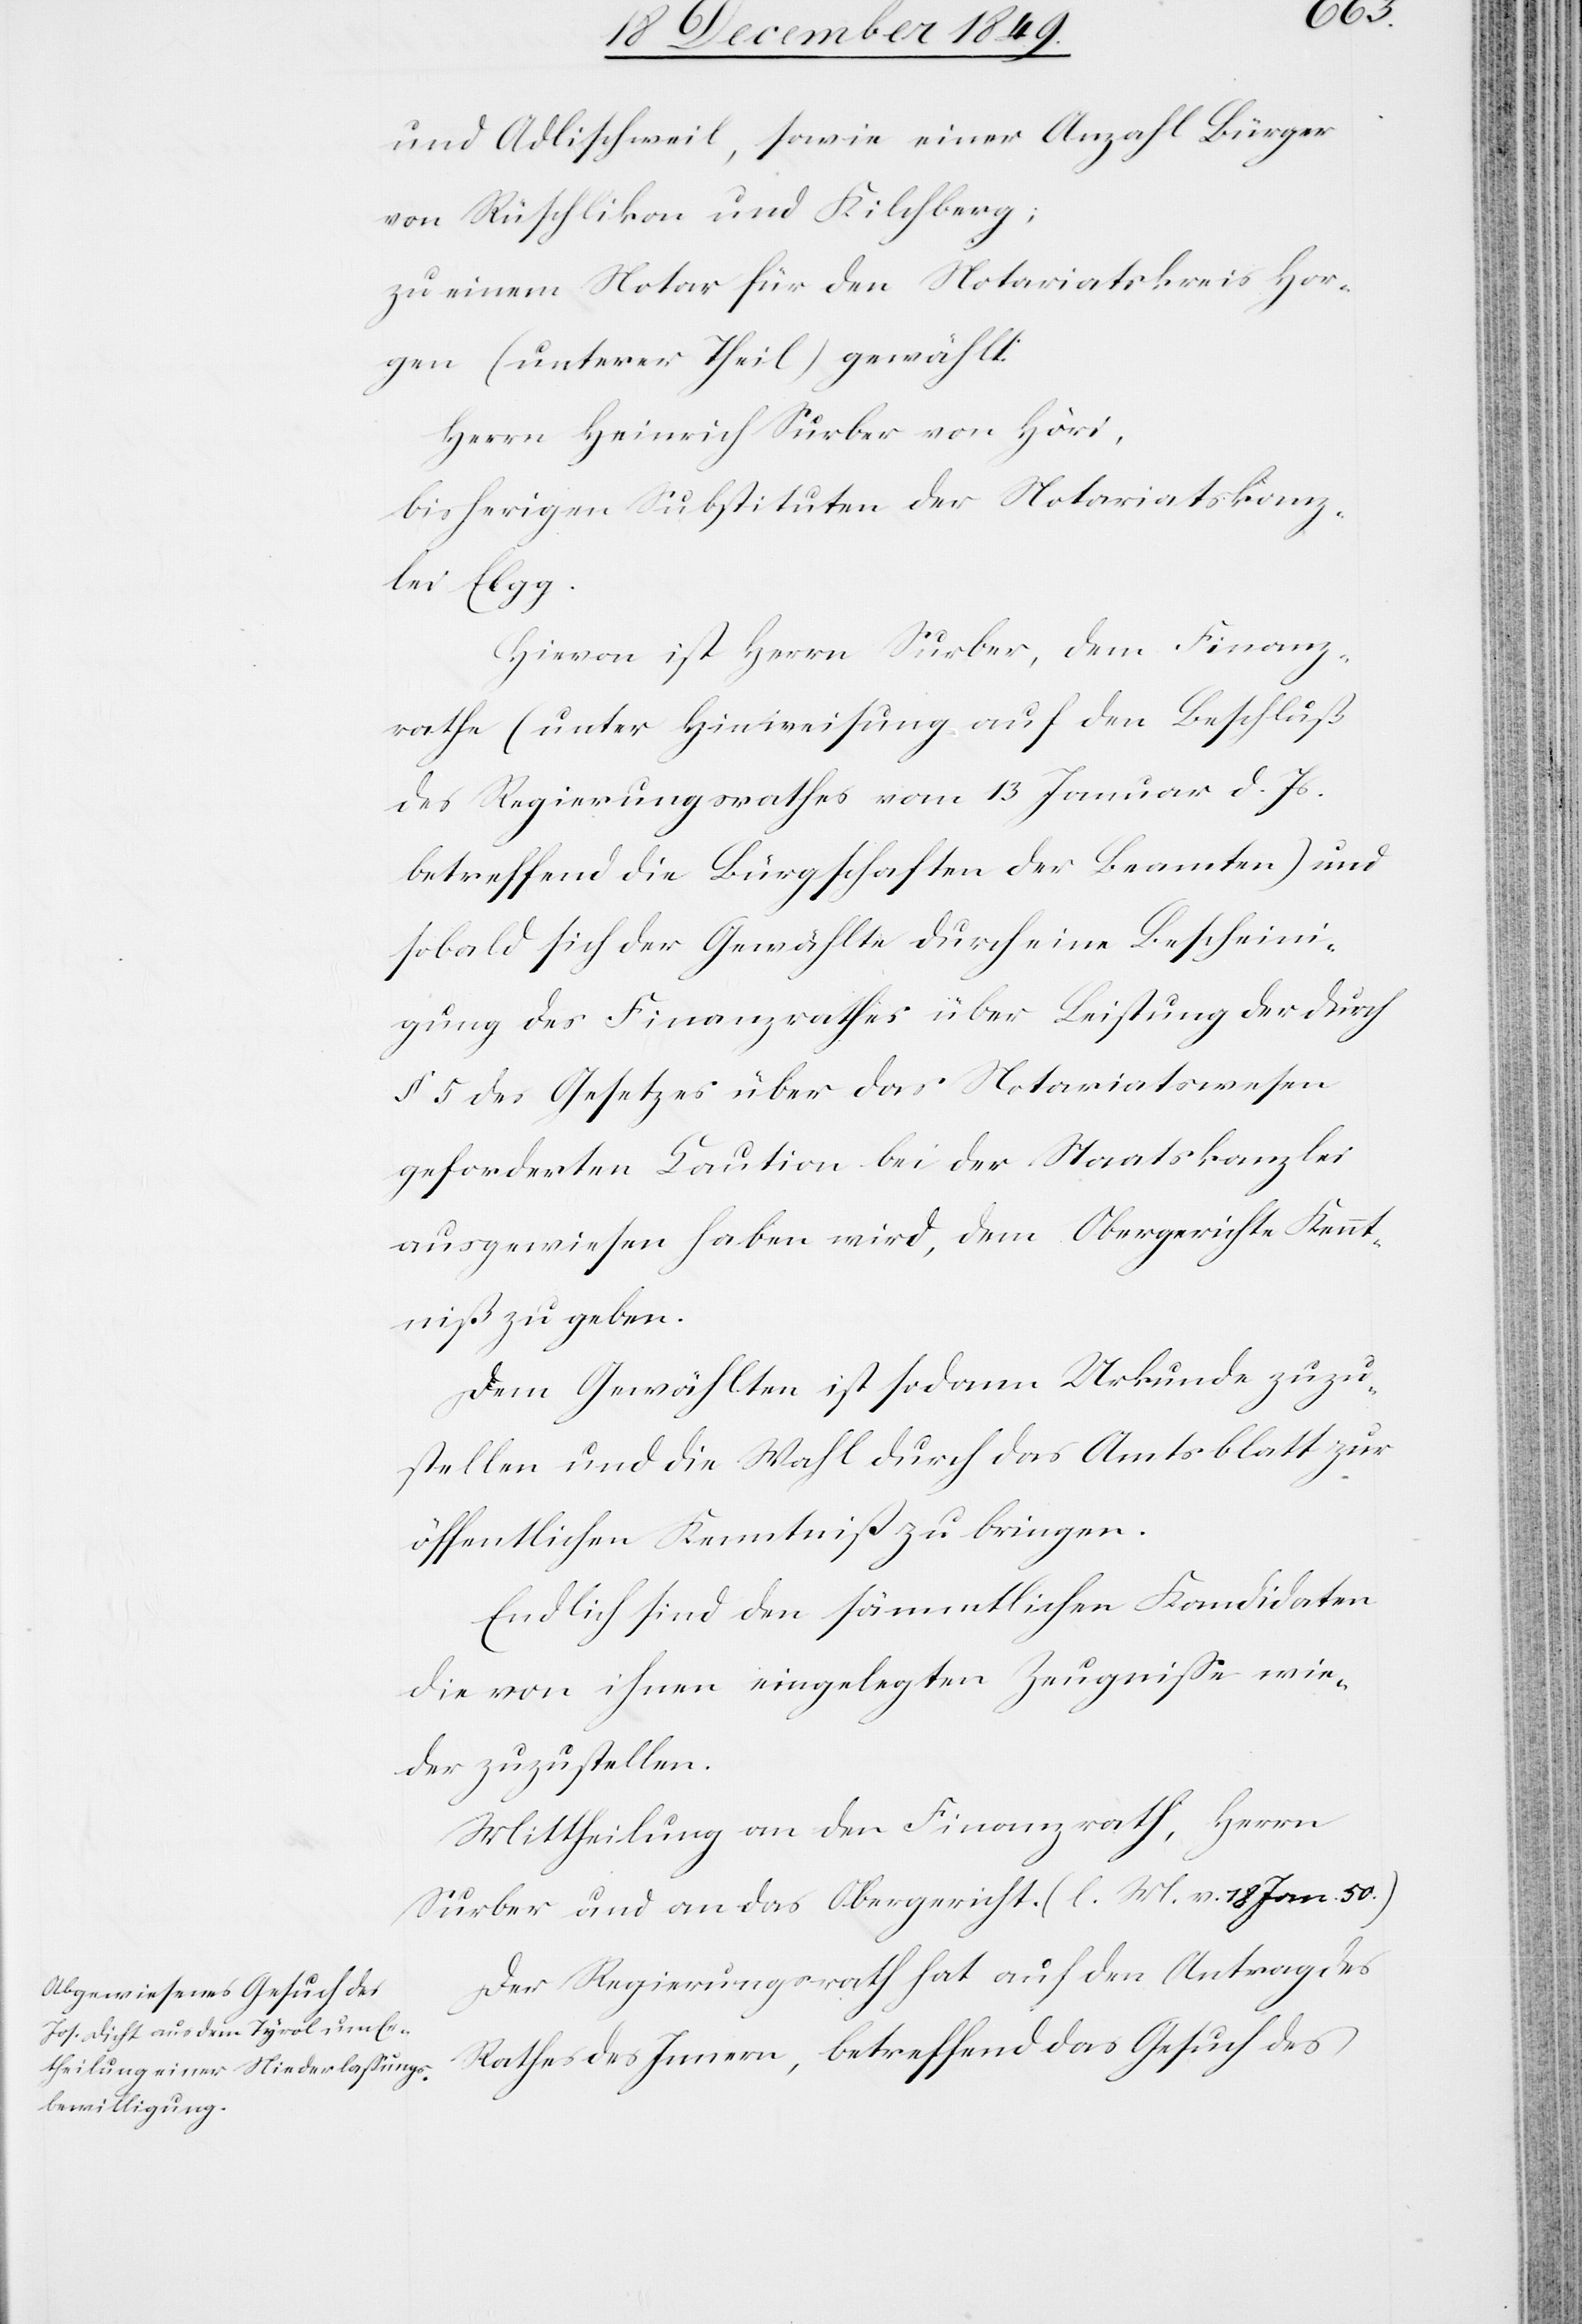
und Adlischweil, sowie einer Anzahl Bürger
von Rüschlikon und Kilchberg;
zu einem Notar für den Notariatskreis Hor¬
gen (unterer Theil) gewählt:
Herrn Heinrich Surber von Höri,
bisherigen Substituten der Notariatskanz¬
lei Elgg.
Hievon ist Herrn Surber, dem Finanz¬
rathe (unter Hinweisung auf den Beschluß
des Regierungsrathes vom 13 Januar d. Js.
betreffend die Bürgschaften der Beamten) und
sobald sich der Gewählte durch eine Bescheini¬
gung des Finanzrathes über Leistung der durch
§ 5 des Gesetzes über das Notariatswesen
geforderten Caution bei der Staatskanzlei
ausgewiesen haben wird, dem Obergerichte Kennt¬
niß zu geben.
Dem Gewählten ist sodann Urkunde zuzu¬
stellen und die Wahl durch das Amtsblatt zur
öffentlichen Kenntniß zu bringen.
Endlich sind den sämmltichen Kandidaten
die von ihnen eingelegten Zeugniße wie¬
der zuzustellen.
Der Regierungsrath hat auf den Antrag des
Rathes des Innern, betreffend das Gesuch des